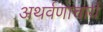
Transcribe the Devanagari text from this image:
अथर्वणाचार्य